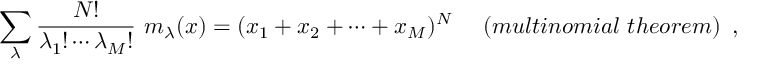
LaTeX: \sum _ { \lambda } \frac { N ! } { { \lambda _ { 1 } } ! \cdots { \lambda _ { M } } ! } ~ m _ { \lambda } ( x ) = ( x _ { 1 } + x _ { 2 } + \cdots + x _ { M } ) ^ { N } ~ ~ ~ ~ ( m u l t i n o m i a l ~ t h e o r e m ) \, \, \, ,